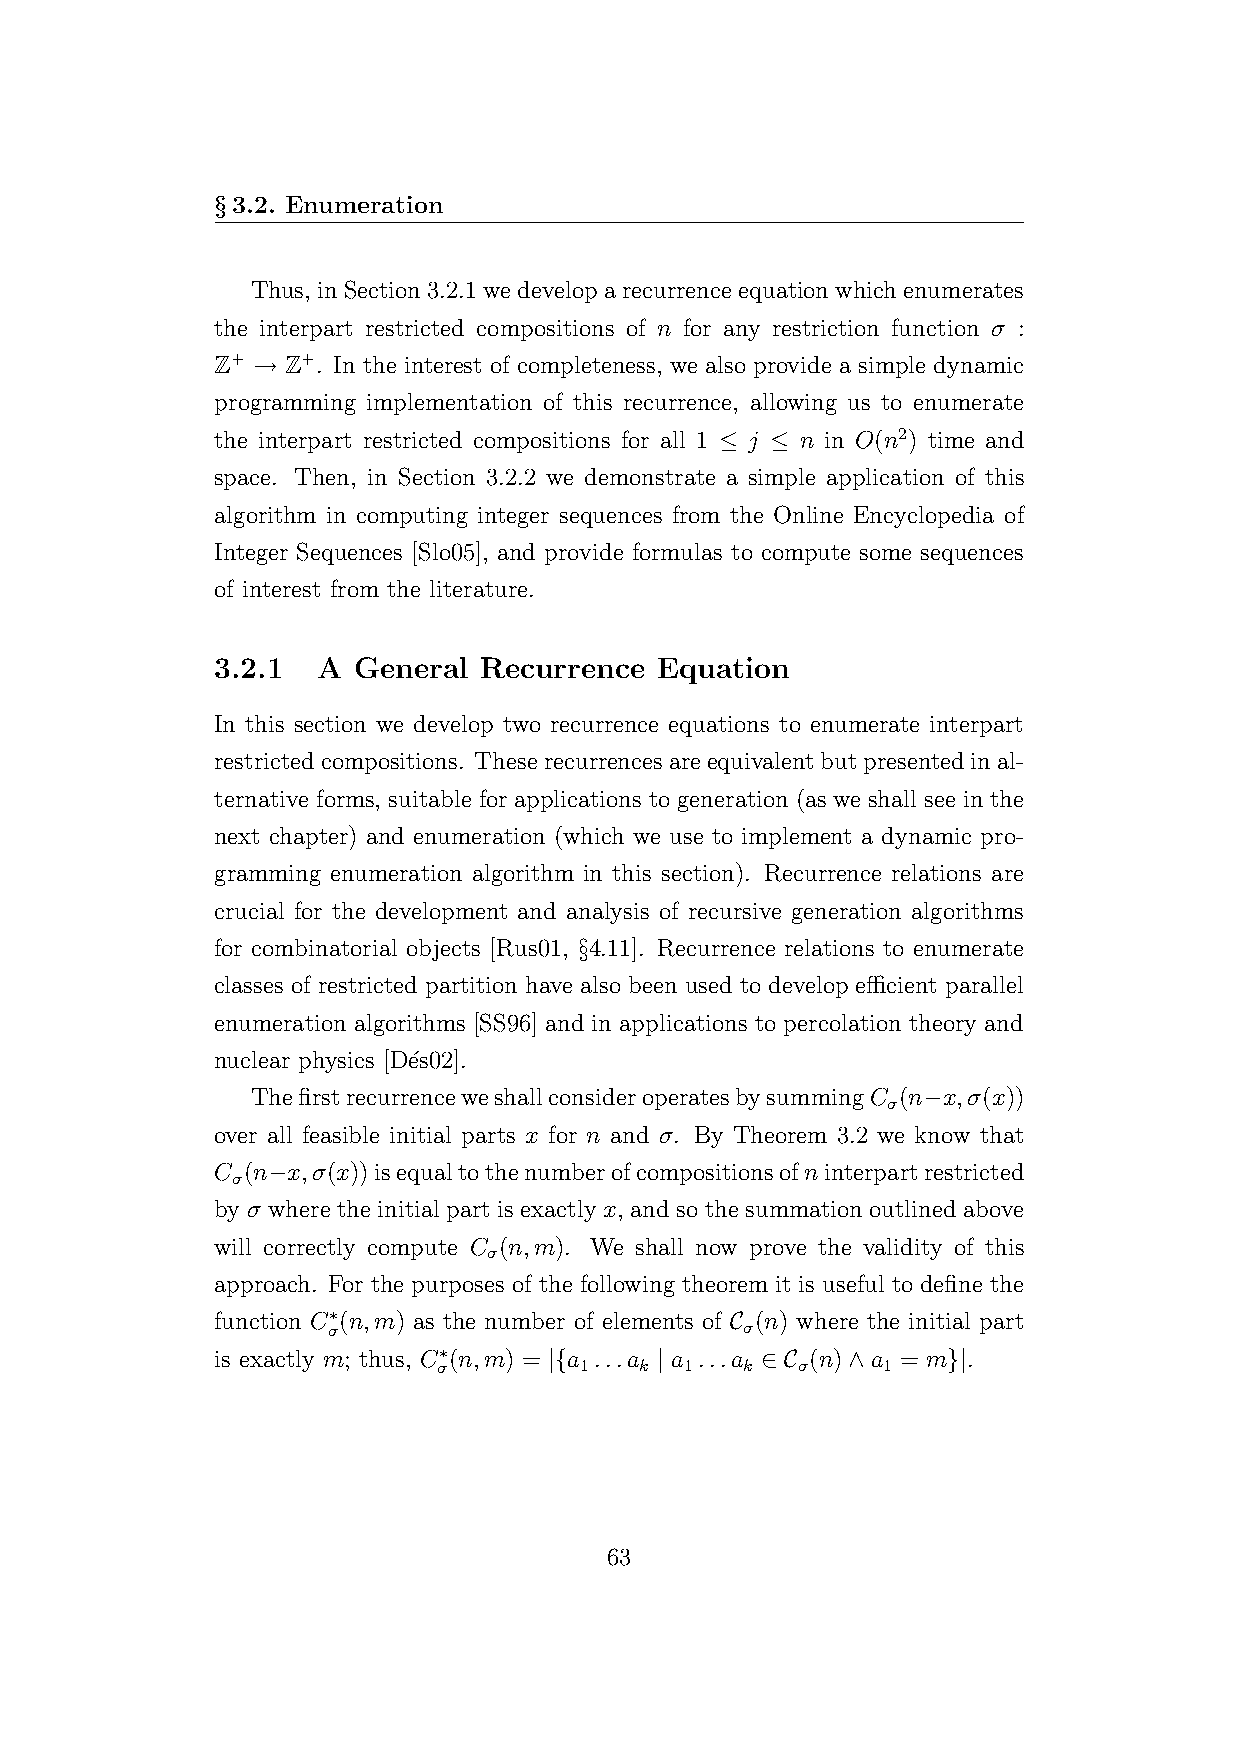
§3.2. Enumeration
 Thus, inSection3.2.1wedeveloparecurrenceequationwhichenumerates
 the interpart restricted compositions of n for any restriction function σ :
 Z+ → Z+. In the interest of completeness, we also provide a simple dynamic
 programming implementation of this recurrence, allowing us to enumerate
 the interpart restricted compositions for all 1 ≤ j ≤ n in O(n2) time and
 space. Then, in Section 3.2.2 we demonstrate a simple application of this
 algorithm in computing integer sequences from the Online Encyclopedia of
 Integer Sequences [Slo05], and provide formulas to compute some sequences
 of interest from the literature.
 3.2.1  A General  Recurrence  Equation
 In this section we develop two recurrence equations to enumerate interpart
 restrictedcompositions. Theserecurrencesareequivalentbutpresentedinal-
 ternative forms, suitable for applications to generation (as we shall see in the
 next chapter) and enumeration (which we use to implement a dynamic pro-
 gramming enumeration algorithm in this section). Recurrence relations are
 crucial for the development and analysis of recursive generation algorithms
 for combinatorial objects [Rus01, §4.11]. Recurrence relations to enumerate
 classes of restricted partition have also been used to develop efficient parallel
 enumeration algorithms [SS96] and in applications to percolation theory and
 nuclear physics [D´es02].
 ThefirstrecurrenceweshallconsideroperatesbysummingC (n−x,σ(x))
 σ
 over all feasible initial parts x for n and σ. By Theorem 3.2 we know that
 C (n−x,σ(x))isequaltothenumberofcompositionsofninterpartrestricted
 σ
 by σ where the initial part is exactly x, and so the summation outlined above
 will correctly compute C (n,m). We shall now prove the validity of this
 σ
 approach. For the purposes of the following theorem it is useful to define the
 function C∗(n,m) as the number of elements of C (n) where the initial part
 σ                          σ
 is exactly m; thus, C∗(n,m) = |{a ...a | a ...a ∈ C (n)∧a = m}|.
 σ        1   k  1   k   σ    1
 63